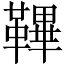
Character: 鞸